Annual report of the Bengal Veterinary College and of the Civil Veterinary Department, Bengal, for the year 1914-1915 - 1914-1915
Year: 1914
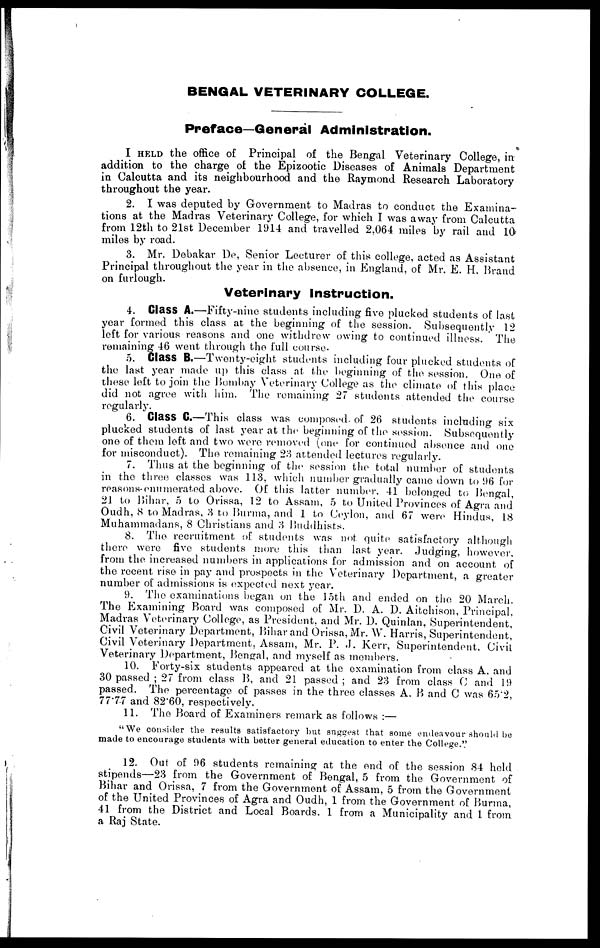
BENGAL VETERINARY COLLEGE.
Preface—General Administration.
I HELD the office of Principal of the Bengal Veterinary College, in
addition to the charge of the Epizootic Diseases of Animals Department
in Calcutta and its neighbourhood and the Raymond Research Laboratory
throughout the year.
2. I was deputed by Government to Madras to conduct the Examina-
tions at the Madras Veterinary College, for which I was away from Calcutta
from 12th to 21st December 1914 and travelled 2,064 miles by rail and 10
miles by road.
3. Mr. Debakar De, Senior Lecturer of this college, acted as Assistant
Principal throughout the year in the absence, in England, of Mr. E. H. Brand
on furlough.
Veterinary Instruction.
4. Class A.—Fifty-nine students including five plucked students of last
year formed this class at the beginning of the session. Subsequently 12
left for various reasons and one withdrew owing to continued illness. The
remaining 46 went through the full course.
5. Class B.—Twenty-eight students including four plucked students of
the last year made up this class at the beginning of the session. One of
these left to join the Bombay Veterinary College as the climate of this place
did not agree with him. The remaining 27 students attended the course
regularly.
6. Class C.—This class was composed of 26 students including six
plucked students of last year at the beginning of the session. Subsequently
one of them left and two were removed (one for continued absence and one
for misconduct). The remaining 23 attended lectures regularly.
7. Thus at the beginning of the session the total number of students
in the three classes was 113, which number gradually came down to 96 for
reasons-enumerated above. Of this latter number. 41 belonged to Bengal,
21 to Bihar, 5 to Orissa, 12 to Assam, 5 to United Provinces of Agra and
Oudh, 8 to Madras, 3 to Burma, and 1 to Ceylon, and 67 were Hindus, 18
Muhammadans, 8 Christians and 3 Buddhists.
8. The recruitment of students was not quite satisfactory although
there were five students more this than last year. Judging, however,
from the increased numbers in applications for admission and on account of
the recent rise in pay and prospects in the Veterinary Department, a greater
number of admissions is expected next year.
9. The examinations began on the loth and ended on the 20 March.
The Examining Board was composed of Mr. D. A. D. Aitchison, Principal,
Madras Veterinary College, as President, and Mr. D. Quinlan, Superintendent,
Civil Veterinary Department, Bihar and Orissa, Mr. W. Harris, Superintendent,
Civil Veterinary Department, Assam, Mr. P. J. Kerr, Superintendent, Civil.
Veterinary Department, Bengal, and myself as members.
10. Forty-six students appeared at the examination from class A, and
30 passed ; 27 from class B, and 21 passed ; and 23 from class C and 19
passed. The percentage of passes in the three classes A, B and C was 65.2,
77.77 and 82.60, respectively.
11. The Board of Examiners remark as follows :—
"We consider the results satisfactory hut suggest that some endeavour should be
made to encourage students with better general education to enter the College."
12. Out of 96 students remaining at the end of the session 84 held
stipends—23 from the Government of Bengal, 5 from the Government of
Bihar and Orissa, 7 from the Government of Assam, 5 from the Government
of the United Provinces of Agra and Oudh, 1 from the Government of Burma,
41 from the District and Local Boards. 1 from a Municipality and 1 from
a Raj State.